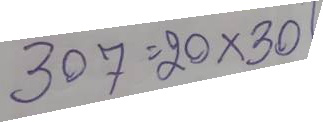
307 = 20 x 30